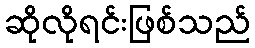
ဆိုလိုရင်းဖြစ်သည်